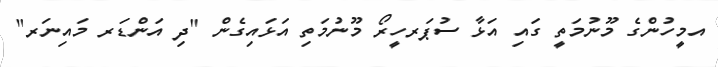
އމީހުންގެ މޫނުމަތީ ގައި އަޅާ ސުޕަރހީރޯ މޫނުމަތި އަޅައިގެން "ދި އަންޑަރ މައިނަރ"